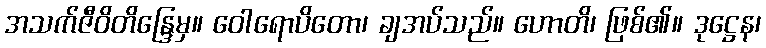
အသက်ဇီဝိတိန္ဒြေမှ။ ဝေါရောပိတော၊ ချအပ်သည်။ ဟောတိ၊ ဖြစ်၏။ ဒုဋ္ဌေန၊